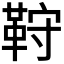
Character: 𩊦